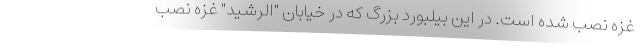
غزه نصب شده است. در این بیلبورد بزرگ که در خیابان "الرشید" غزه نصب